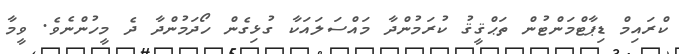
ކްރައިމް ޑިޕާޓްމަންޓުން ތަޙްޤީޤު ކުރަމުންދާ މައްސަލައަކާ ގުޅިގެން ހޯދަމުންދާ ދެ މީހުންނެވެ. ވީމާ